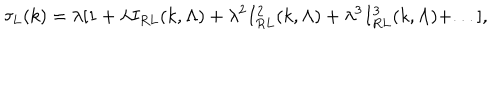
\tau _ { L } ( k ) = \lambda [ 1 + \lambda I _ { R L } ( k , \Lambda ) + \lambda ^ { 2 } I _ { R L } ^ { 2 } ( k , \Lambda ) + \lambda ^ { 3 } I _ { R L } ^ { 3 } ( k , \Lambda ) + . . . ] ,